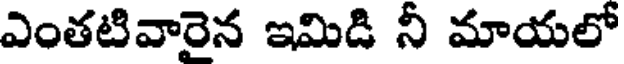
ఎంతటివారైన ఇమిడి నీ మాయలో